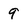
Character: 9